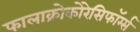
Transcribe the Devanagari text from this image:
फालाक्रोकोरेसिफॉर्म्स